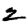
Digit: 2